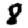
Digit: 8